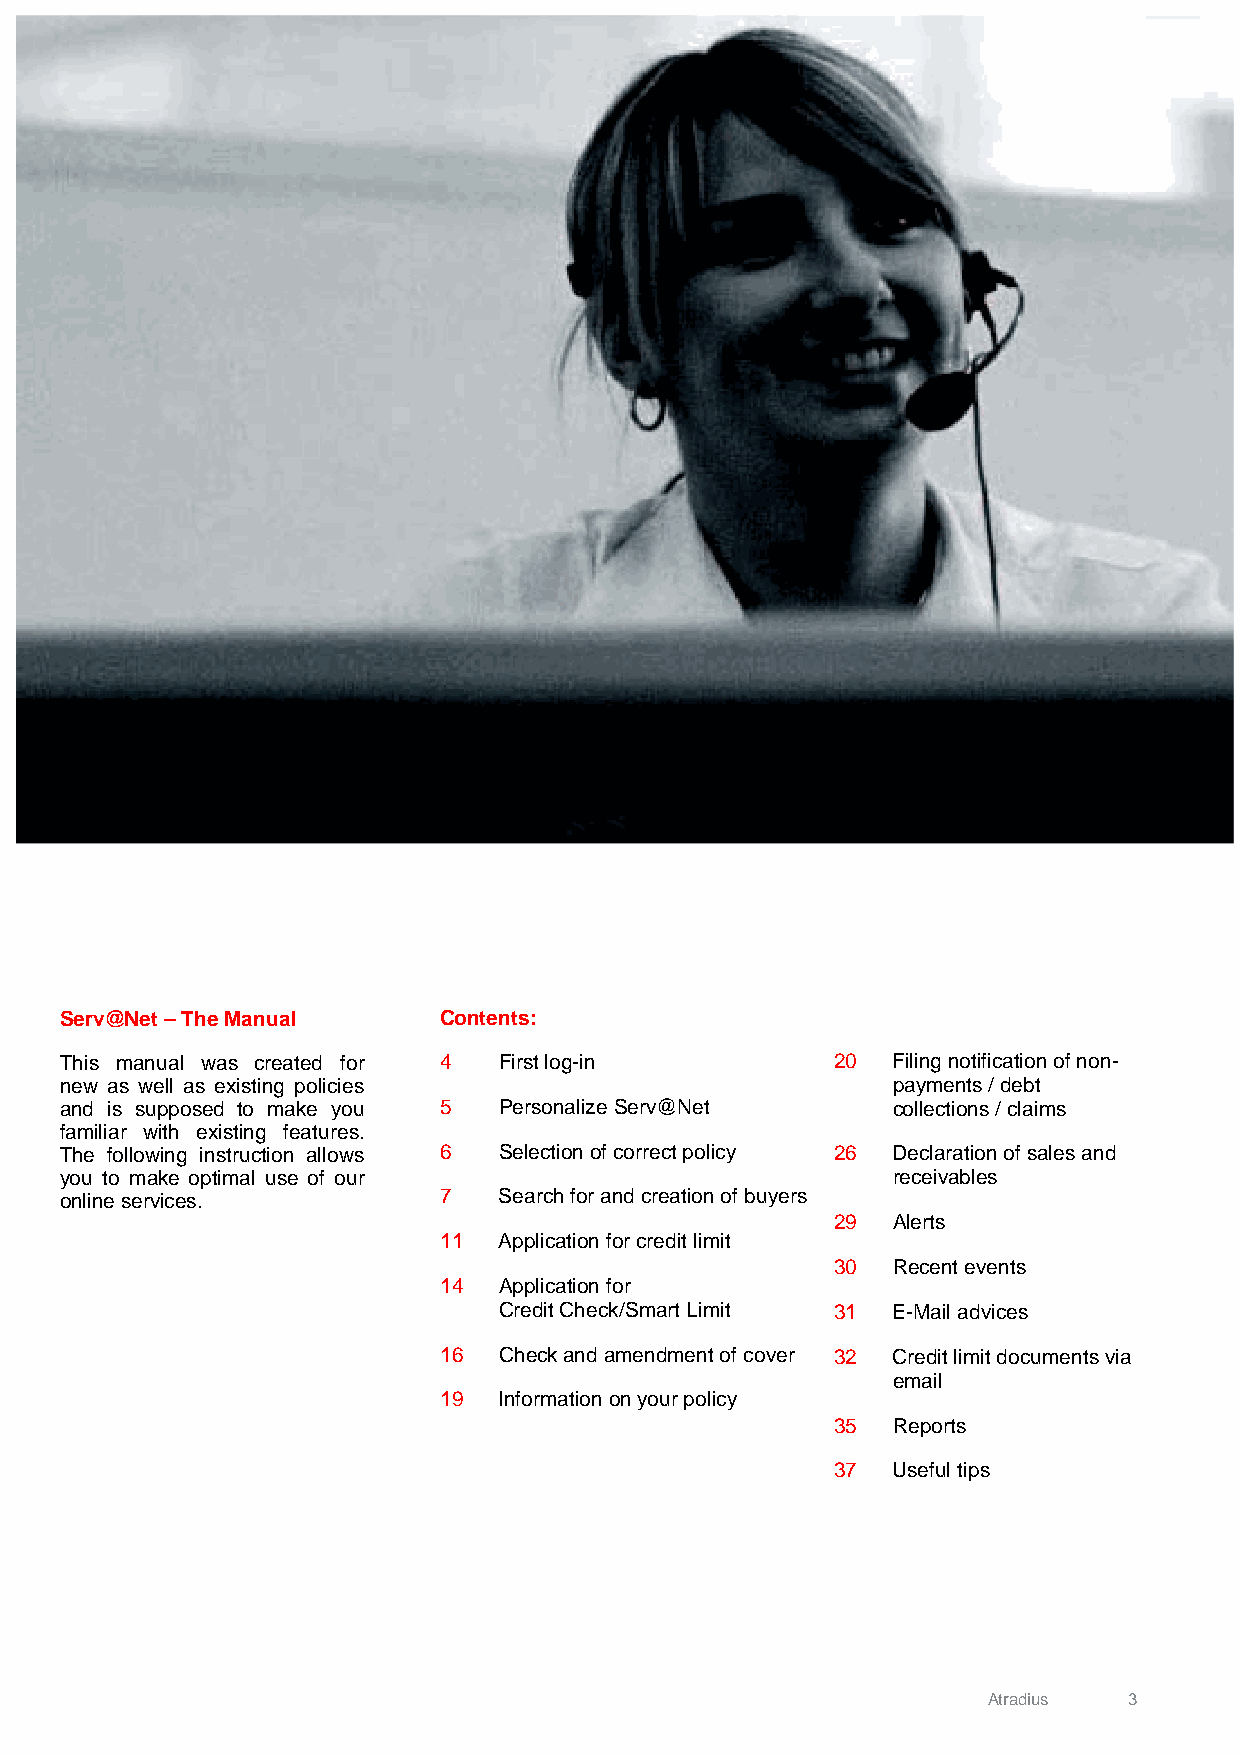
Serv@Net – The Manual    Contents:
 This manual was created for 4 First log-in         20  Filing notification of non-
 new as well as existing policies                       payments / debt
 and is supposed to make you 5 Personalize Serv@Net     collections / claims
 familiar with existing features.
 The following instruction allows 6 Selection of correct policy 26 Declaration of sales and
 you to make optimal use of our                         receivables
 online services.         7   Search for and creation of buyers
 29  Alerts
 11  Application for credit limit
 30  Recent events
 14  Application for
 Credit Check/Smart Limit 31 E-Mail advices
 16  Check and amendment of cover 32 Credit limit documents via
 email
 19  Information on your policy
 35  Reports
 37  Useful tips
 Atradius  3